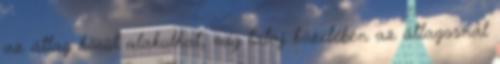
az átlag körül alakulhat, míg talaj közelében az átlagosnál